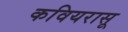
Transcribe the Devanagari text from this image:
कवियरासू